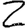
Digit: 2